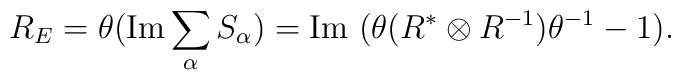
R_E=\theta(\mbox{Im}\sum_\alpha S_\alpha)=\mbox{Im }(\theta(R^*\otimes R^{-1})\theta^{-1} -1).